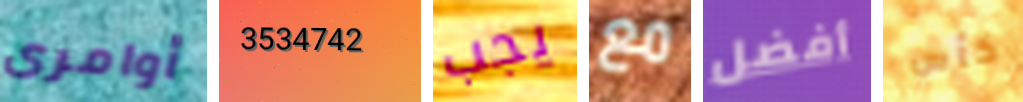
أوامرى 3534742 يجب مع أفضل كأس